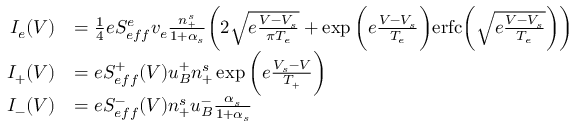
\begin{array} { r l } { I _ { e } ( V ) } & { = \frac { 1 } { 4 } e S _ { e f f } ^ { e } v _ { e } \frac { n _ { + } ^ { s } } { 1 + \alpha _ { s } } \bigg ( 2 \sqrt { e \frac { V - V _ { s } } { \pi T _ { e } } } + \exp { \bigg ( e \frac { V - V _ { s } } { T _ { e } } } \bigg ) \mathrm { e r f c } \bigg ( { \sqrt { e \frac { V - V _ { s } } { T _ { e } } } } \bigg ) \bigg ) } \\ { I _ { + } ( V ) } & { = e S _ { e f f } ^ { + } ( V ) u _ { B } ^ { + } n _ { + } ^ { s } \exp \bigg ( { e \frac { V _ { s } - V } { T _ { + } } } \bigg ) } \\ { I _ { - } ( V ) } & { = e S _ { e f f } ^ { - } ( V ) n _ { + } ^ { s } u _ { B } ^ { - } \frac { \alpha _ { s } } { 1 + \alpha _ { s } } } \end{array}